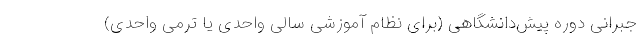
جبرانی دوره پیش‌دانشگاهی (برای نظام آموزشی سالی واحدی یا ترمی واحدی)